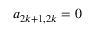
a _ { 2 k + 1 , 2 k } = 0